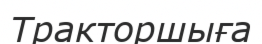
Тракторшыға